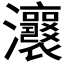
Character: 𤅭